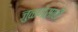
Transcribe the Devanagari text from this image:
जुळणेसाठी